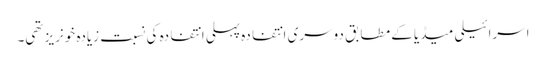
اسرائیلی میڈیا کے مطابق دوسری انتفادہ پہلی انتفادہ کی نسبت زیادہ خونریز تھی۔